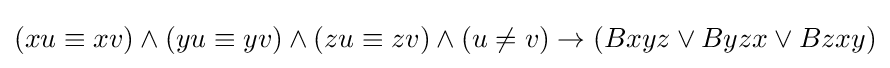
(xu\equiv xv)\land (yu\equiv yv)\land (zu\equiv zv)\land (u\neq v)\rightarrow (Bxyz\lor Byzx\lor Bzxy)